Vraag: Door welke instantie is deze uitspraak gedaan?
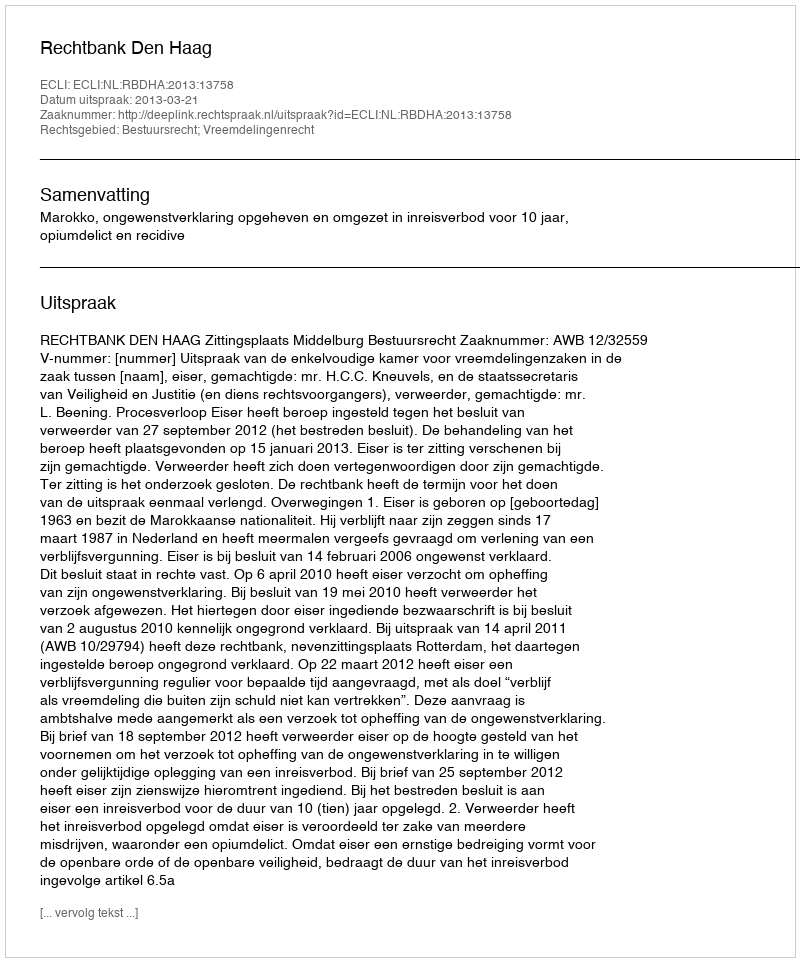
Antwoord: Rechtbank Den Haag